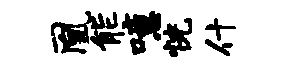
凰能噫恍什